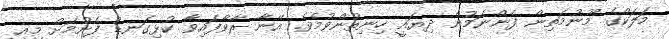
މަލަކްގެ މޫނުމަތިން ފެންނަމުން ދިޔައީ ހިނިތުންވުމެވެ. އޭނާ ރާވާފައިވާ ކުޅިގަނޑު ފެށުމަށް މިއީ